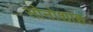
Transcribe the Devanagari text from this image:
सोनोशाह